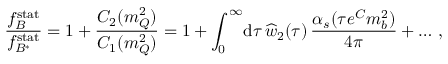
{ \frac { f _ { B } ^ { \mathrm { s t a t } } } { f _ { B ^ { * } } ^ { \mathrm { s t a t } } } } = 1 + { \frac { C _ { 2 } ( m _ { Q } ^ { 2 } ) } { C _ { 1 } ( m _ { Q } ^ { 2 } ) } } = 1 + \int _ { 0 } ^ { \infty } \! \mathrm { d } \tau \, \widehat w _ { 2 } ( \tau ) \, { \frac { \alpha _ { s } ( \tau e ^ { C } m _ { b } ^ { 2 } ) } { 4 \pi } } + \dots \, ,